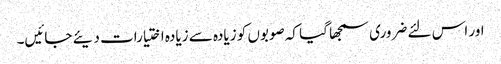
اور اس لئے ضروری سمجھا گیا کہ صوبوں کو زیادہ سے زیادہ اختیارات دیئے جائیں۔